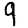
Digit: 9